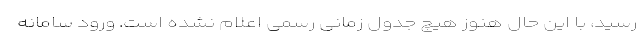
رسید، با این حال هنوز هیچ جدول زمانی رسمی اعلام نشده است. ورود سامانه